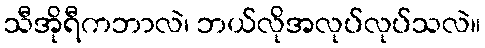
သီအိုရီကဘာလဲ၊ ဘယ်လိုအလုပ်လုပ်သလဲ။